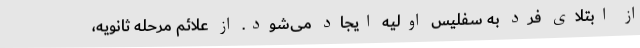
از ابتلای فرد به سفلیس اولیه ایجاد می‌شود. از علائم مرحله ثانویه،